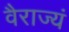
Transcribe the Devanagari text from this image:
वैराज्यं